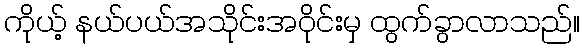
ကိုယ့် နယ်ပယ်အသိုင်းအဝိုင်းမှ ထွက်ခွာလာသည်။